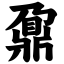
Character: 鼐